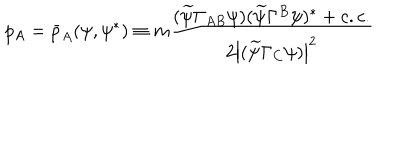
LaTeX: p _ { A } = \bar { p } _ { A } ( \psi , \psi ^ { * } ) \equiv m \frac { ( \widetilde { \psi } \Gamma _ { A B } \psi ) ( \widetilde { \psi } \Gamma ^ { B } \psi ) ^ { * } + c . c . } { 2 \left| ( \widetilde { \psi } \Gamma _ { C } \psi ) \right| ^ { 2 } }